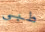
طبي